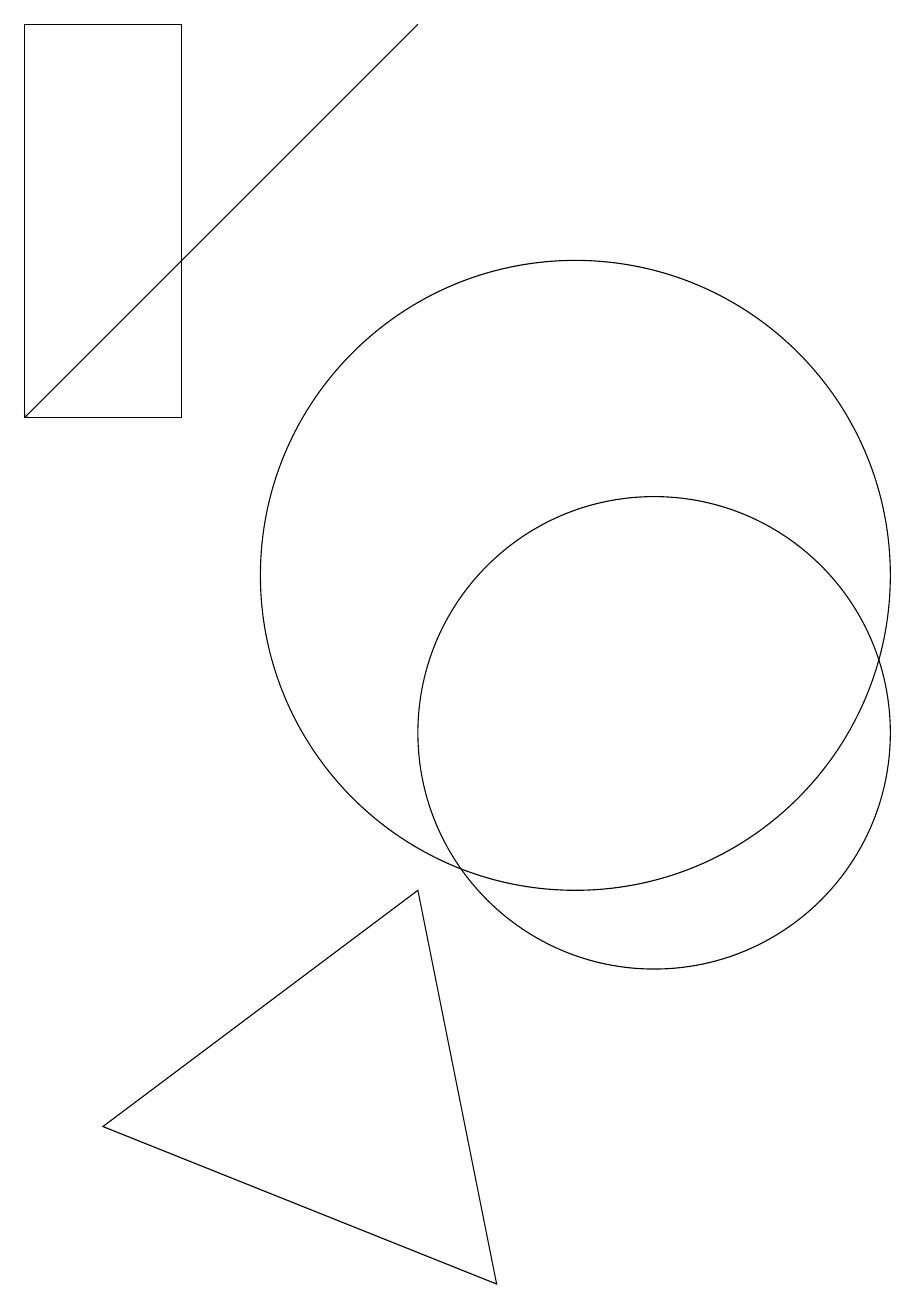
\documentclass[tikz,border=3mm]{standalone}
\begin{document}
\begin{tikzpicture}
\draw (11,10) circle (3);
\draw[->] (8,19) -- (3,14);
\draw (10,12) circle (4);
\draw (5,14) rectangle (3,19);
\draw (4,5) -- (9,3) -- (8,8) -- cycle;
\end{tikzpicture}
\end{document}